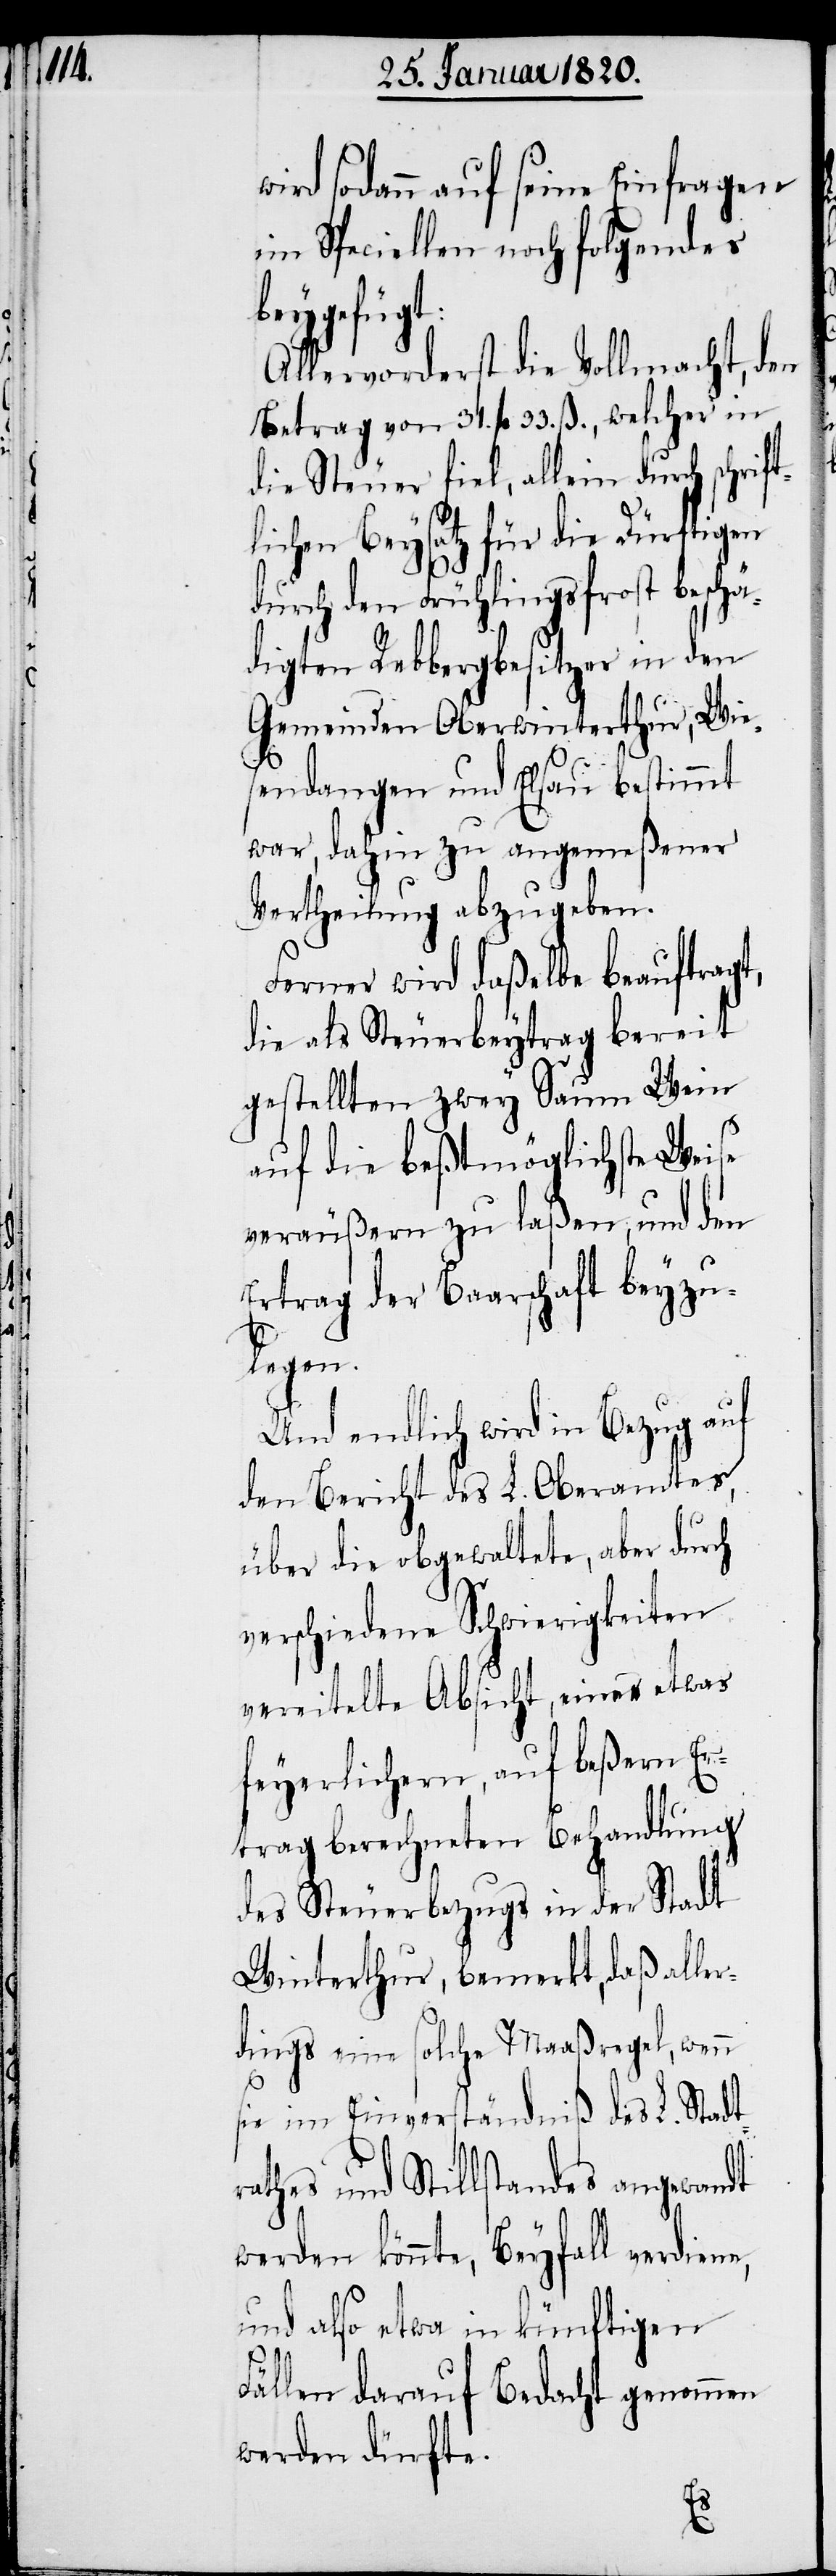
w¬

ird sodann auf seine Einfragen
im Speciellen noch folgendes
beygefügt:
Allervorderst die Vollmacht, den
Betrag von 31. fl. 33. ß., welcher in
die Steuer fiel, allein durch schrif¬
tlichen Beysatz für die Dürftigen
durch den Frühlingsfrost beschä¬
digten Rebbergbesitzer in den
Gemeinden Oberwinterthur, Wie¬
sendangen und Elsau bestimmt
war, dahin zu angemeßener
Vertheilung abzugeben.
Ferner wird daßelbe beauftragt,
die als Steuerbeytrag bereit
gestellten zwey Saum Wein
auf die beßtmöglichste Weise
veräußern zu laßen, und den
Ertrag der Baarschaft beyzu¬
legen.
Und endlich wird in Bezug auf
den Bericht des L. Oberamtes
über die obgewaltete, aber durch
verschiedene Schwierigkeiten
vereitelte Absicht, eines etwas
feyerlichern, auf beßern Er¬
trag berechneten Behandlung
des Steuerbezugs in der Stadt
Winterthur, bemerkt, daß aller¬
dings eine solche Maaßregel, wenn
sie im Einverständniß des L. Stadt¬
rathes und Stillstandes angewandt
werden könnte, Beyfall verdiene,
und also etwa in künftigen
Fällen darauf Bedacht genommen
werden dürfte.